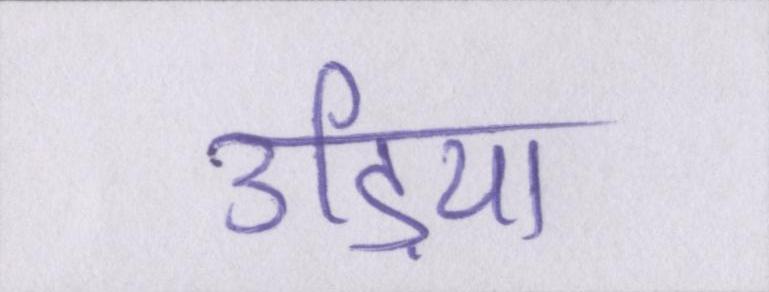
उड़िया